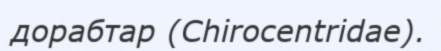
дорабтар (Chіrocentrіdae).